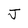
Character: J